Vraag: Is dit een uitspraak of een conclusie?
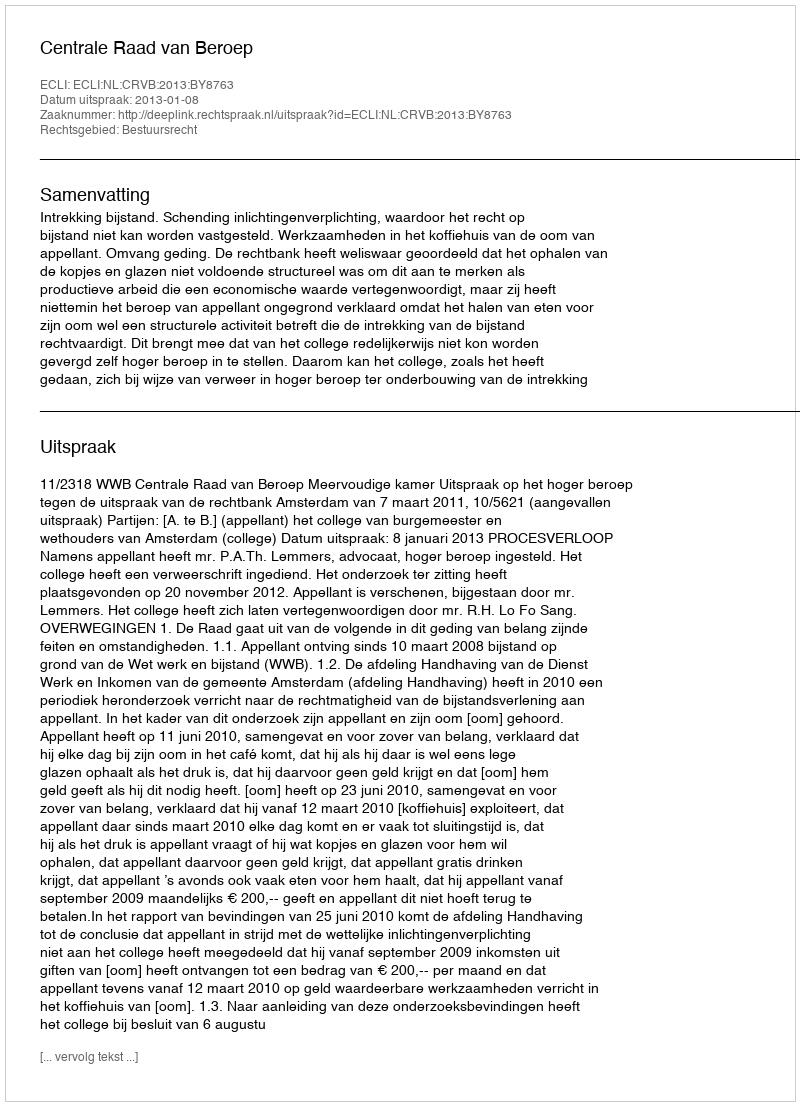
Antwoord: Uitspraak